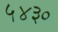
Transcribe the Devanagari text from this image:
५४३०